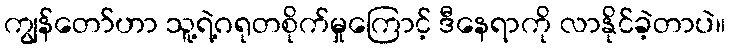
ကျွန်တော်ဟာ သူ့ရဲ့ဂရုတစိုက်မှုကြောင့် ဒီနေရာကို လာနိုင်ခဲ့တာပဲ။